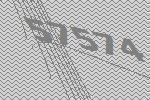
57574